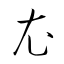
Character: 衣